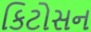
કિટોસન